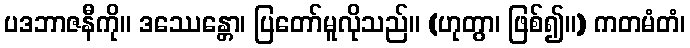
ပဒဘာဇနီကို။ ဒဿေန္တော၊ ပြတော်မူလိုသည်။ (ဟုတွာ၊ ဖြစ်၍။) ကတမံတံ၊